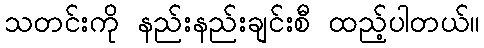
သတင်းကို နည်းနည်းချင်းစီ ထည့်ပါတယ်။